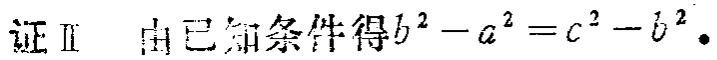
证 II  由已知条件得\(b^{2}-a^{2}=c^{2}-b^{2}\)。